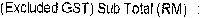
(EXCLUDED GST) SUB TOTAL (RM) :